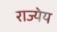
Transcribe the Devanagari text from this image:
राज्येय